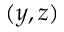
( y , z )